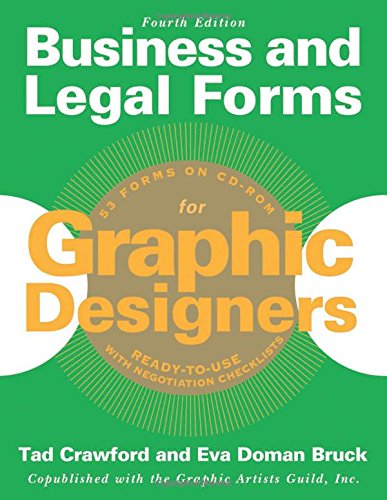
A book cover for Business and Legal Forms for Graphic Designers; Eva Doman Bruck; Law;